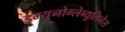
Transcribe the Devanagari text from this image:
इम्युनोग्लेब्युलिनेस